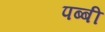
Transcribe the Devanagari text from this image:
पब्बी